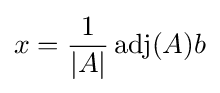
x={\frac {1}{|A|}}\operatorname {adj} (A)b